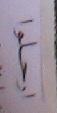
ارحلوا